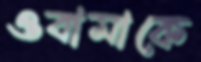
ওবামাকে